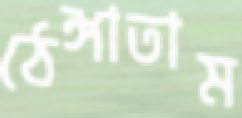
ঠেঙ্গাতাম